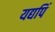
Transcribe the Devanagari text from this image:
यद्यपिं